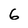
Character: 6